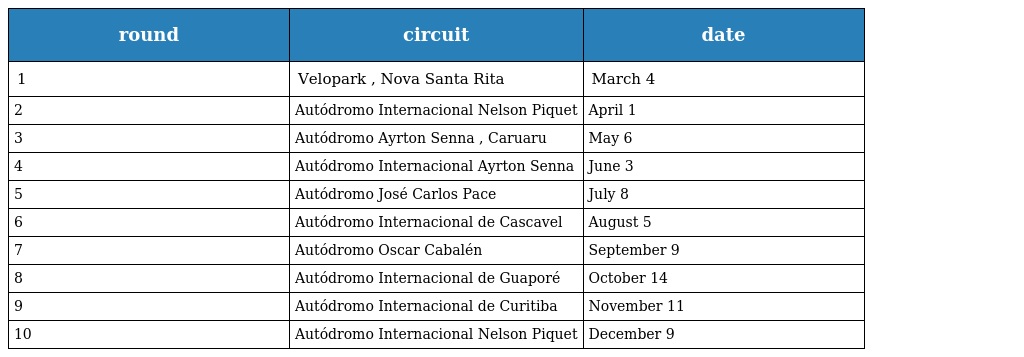
| round | circuit | date |
 | --- | --- | --- |
 | 1 | Velopark , Nova Santa Rita | March 4 |
 | 2 | Autódromo Internacional Nelson Piquet | April 1 |
 | 3 | Autódromo Ayrton Senna , Caruaru | May 6 |
 | 4 | Autódromo Internacional Ayrton Senna | June 3 |
 | 5 | Autódromo José Carlos Pace | July 8 |
 | 6 | Autódromo Internacional de Cascavel | August 5 |
 | 7 | Autódromo Oscar Cabalén | September 9 |
 | 8 | Autódromo Internacional de Guaporé | October 14 |
 | 9 | Autódromo Internacional de Curitiba | November 11 |
 | 10 | Autódromo Internacional Nelson Piquet | December 9 |